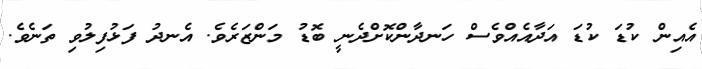
އެއިން ކުޑަ ކުޑަ އަދާއެއްވެސް ހަނދާންކޮށްދެނީ ބޮޑު މަންޒަރެވެ. އެނދު ފަޅުފިލުވި ތަނެވެ.